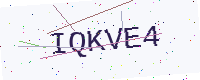
Text: IQKVE4